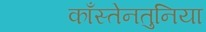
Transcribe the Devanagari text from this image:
काँस्तेनतुनिया